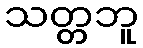
သတ္တဘူ